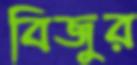
বিজুর